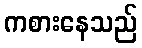
ကစားနေသည်